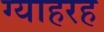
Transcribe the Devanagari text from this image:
ग्याहरह